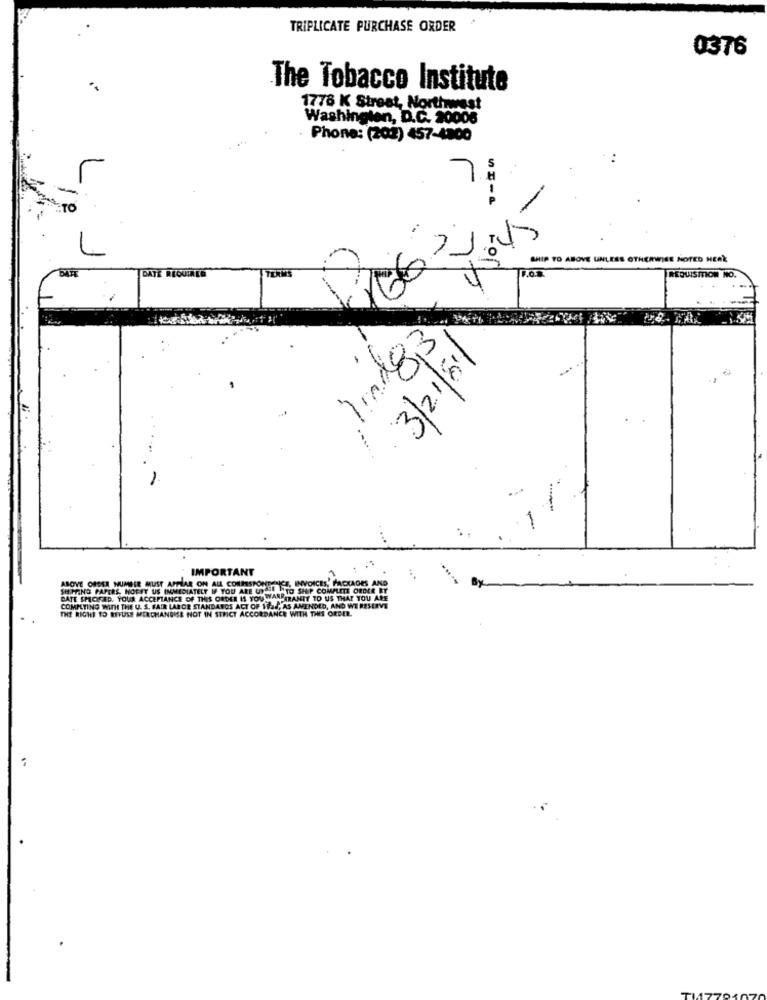
TRIPLICATE PURCHASE ORDER
0376
The Tobacco Instituto
1778 K Street, Northwest
Washington, D.C. 20008
Phone: (202) 457-4800
WHIP TO ABOVE UNLESS OTHERWISE NOTED HERE
DATE REQUIREO
2017
REQUISITION NO.
1mnd83
3/21/8/
IMPORTANT
ABOVE ORDER NUMBER MUST APPEAR ON ALL CORRESPONDENCE, INVOICES, PACKAGES AND
SHIPPING PAPERS, NOFAT US IMMEDIATELY IF YOU ARE UTHILAUTO SHIP COMPLETE ORDER BY
DATE SPECIFIED. YOUR ACCEPTANCE OF THIS ORDER IS YOU "ANPARANIT TO US THAT YOU ARE
COMPLYING WITH THE U. S. FAIR LABOR STANDARDS ACT OF Had, AS AMENDED, AND WE RESERVE
THE RIGHT TO REFUSE MERCHANDISE NOT IN STRICT ACCORDANCE WITH THIS ORDER.